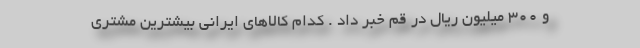
و ۳۰۰ میلیون ریال در قم خبر داد . کدام کالاهای ایرانی بیشترین مشتری